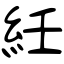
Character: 紝